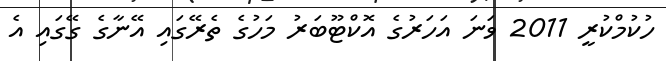
ހުކުމްކުރީ 2011 ވަނަ އަހަރުގެ އޮކްޓޫބަރު މަހުގެ ތެރޭގައި އޭނާގެ ގޭގައި އެ